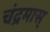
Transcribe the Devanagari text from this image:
चंद्रमास्